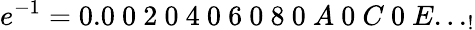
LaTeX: e^{-1}=0.0\ 0\ 2\ 0\ 4\ 0\ 6\ 0\ 8\ 0\ A\ 0\ C\ 0\ E..._{!}